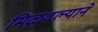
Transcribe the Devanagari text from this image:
मिळवल्याने